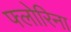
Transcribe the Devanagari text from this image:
फ्लोरिना